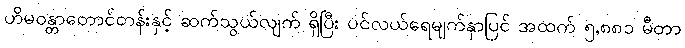
ဟိမဝန္တာတောင်တန်းနှင့် ဆက်သွယ်လျက် ရှိပြီး ပင်လယ်ရေမျက်နှာပြင် အထက် ၅,၈၈၁ မီတာ